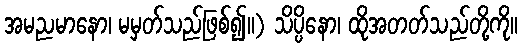
အမညမာနော၊ မမှတ်သည်ဖြစ်၍။) သိပ္ပိနော၊ ထိုအတတ်သည်တို့ကို။